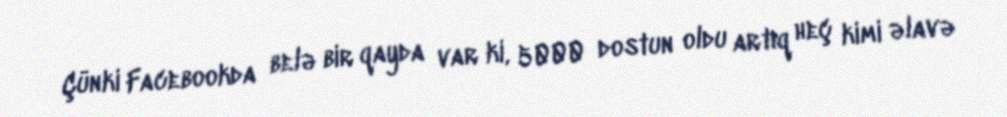
Çünki Facebookda belə bir qayda var ki, 5000 dostun oldu artıq heç kimi əlavə